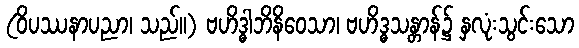
(ဝိပဿနာပညာ၊ သည်။) ဗဟိဒ္ဓါဘိနိဝေသာ၊ ဗဟိဒ္ဓသန္တာန်၌ နှလုံးသွင်းသော